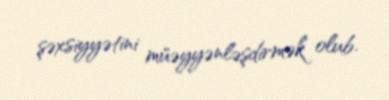
şəxsiyyətini müəyyənləşdirmək olub.